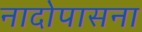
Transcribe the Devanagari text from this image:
नादोपासना